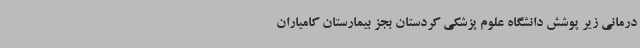
درمانی زیر پوشش دانشگاه علوم پزشکی کردستان بجز بیمارستان کامیاران